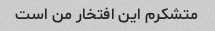
متشکرم این افتخار من است